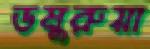
ডমুরুয়া